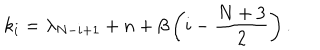
LaTeX: k _ { i } = \lambda _ { N - i + 1 } + n + \beta \left( i - \frac { N + 3 } { 2 } \right) .